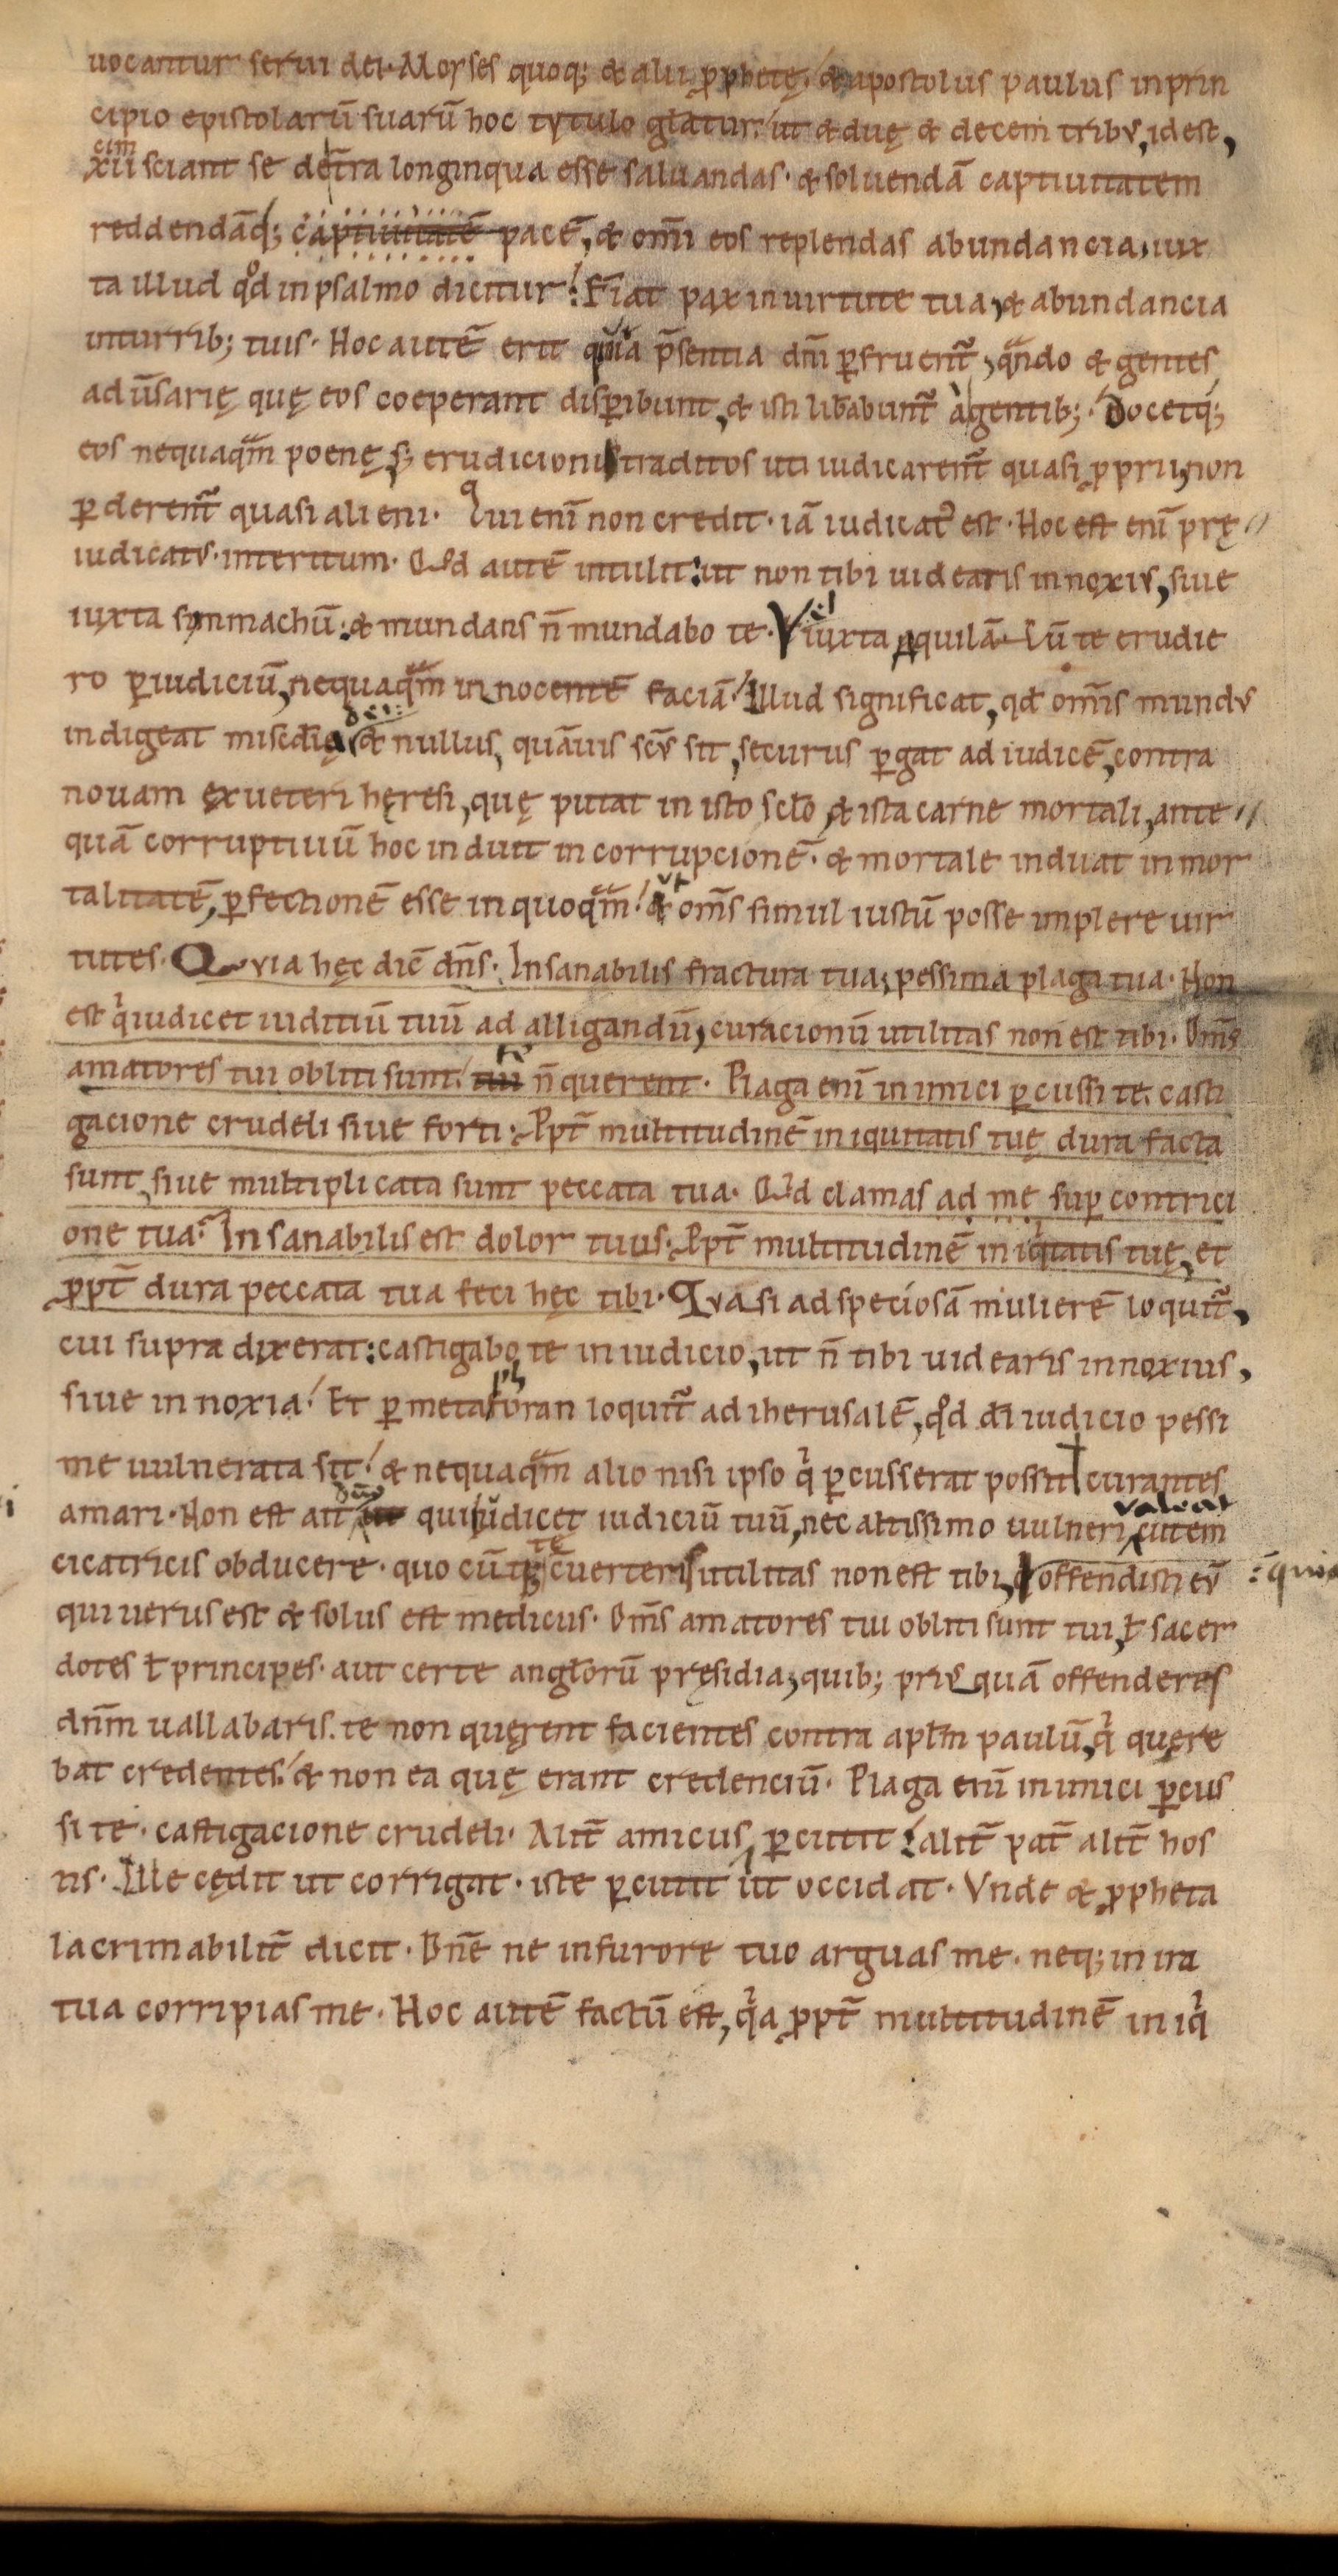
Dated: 1085–1115